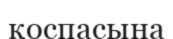
қоспасына